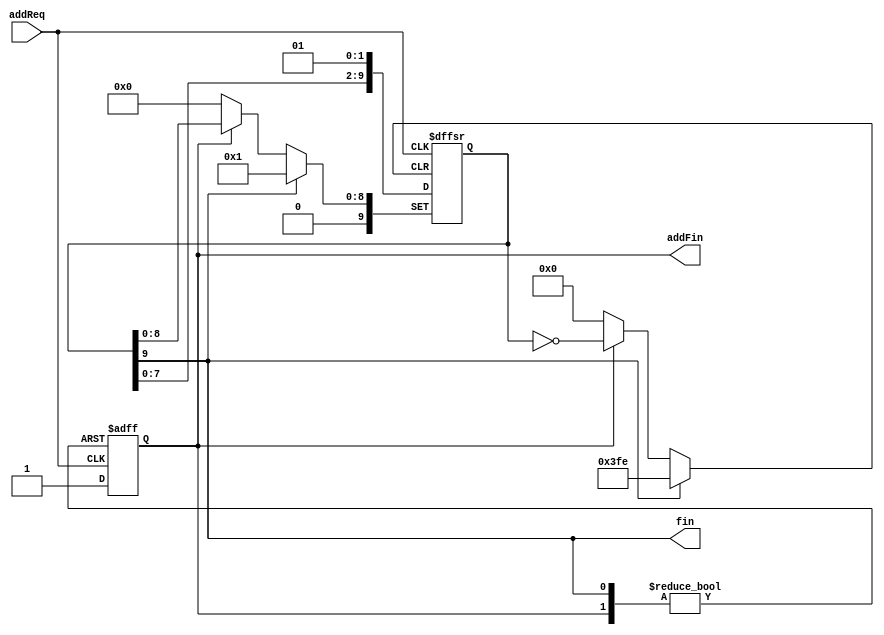
`timescale 1ns / 1ps
//////////////////////////////////////////////////////////////////////////////////
//
// Module Name: counter
// Description: A counter made by a shift register. (Do not use it. It's being tested.)
//
// 
// Dependencies: 
// 
// Revision:
// Revision 0.01 - File Created
// Additional Comments:
// 
//////////////////////////////////////////////////////////////////////////////////


module counter #(parameter N=10) (addReq,addFin,fin);
input addReq;
output reg addFin=1'b0;
output wire fin;

reg [N-1:0] out=1;
assign fin=out[N-1]; 
 
always@(posedge addReq or posedge addFin or posedge fin) begin
    if(fin) begin
        out<=1;
        addFin<=1'b0;
    end
    else if(addFin) begin
        out<=out;
        addFin<=1'b0;
    end
    else begin
        out<={out<<1,1'b1};
        addFin<=1'b1;
    end
end

endmodule